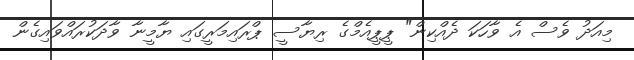
މިއަދު ވެސް އެ ވާހަކަ ދެއްކިން" ޕީޕީއެމްގެ ރިޔާސީ ޕްރައިމަރީގައި ޔާމީނާ ވާދަކުރައްވައިގެން